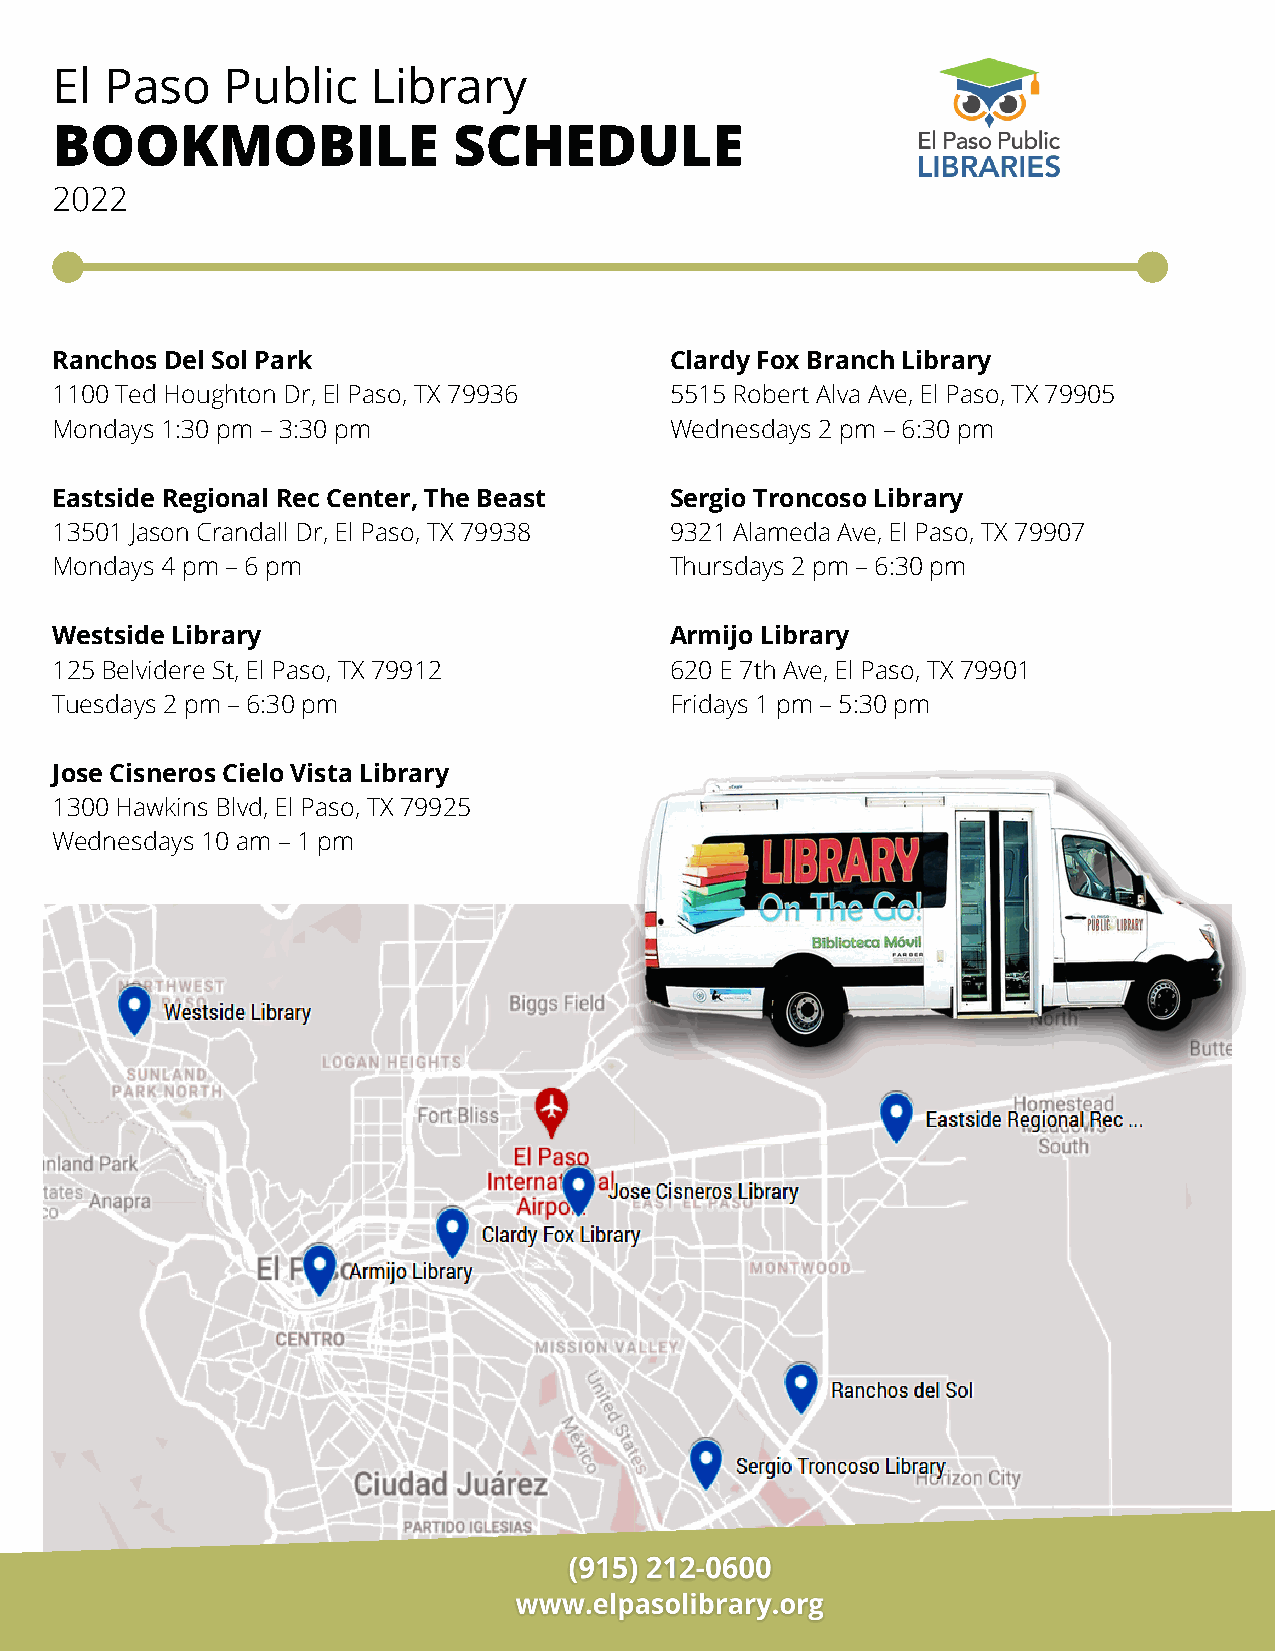
El  Paso    Public    Library
 BOOKMOBILE                 SCHEDULE
 2022
 Ranchos Del Sol Park                     Clardy Fox Branch Library
 1100 Ted Houghton Dr, El Paso, TX 79936  5515 Robert Alva Ave, El Paso, TX 79905
 Mondays 1:30 pm – 3:30 pm                Wednesdays 2 pm – 6:30 pm
 Eastside Regional Rec Center, The Beast  Sergio Troncoso Library
 13501 Jason Crandall Dr, El Paso, TX 79938 9321 Alameda Ave, El Paso, TX 79907
 Mondays 4 pm – 6 pm                      Thursdays 2 pm – 6:30 pm
 Westside Library                         Armijo Library
 125 Belvidere St, El Paso, TX 79912      620 E 7th Ave, El Paso, TX 79901
 Tuesdays 2 pm – 6:30 pm                  Fridays 1 pm – 5:30 pm
 Jose Cisneros Cielo Vista Library
 1300 Hawkins Blvd, El Paso, TX 79925
 Wednesdays 10 am – 1 pm